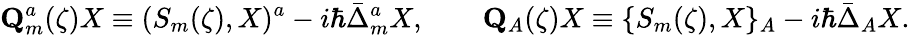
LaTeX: \mathbf{Q}_{m}^{a}(\zeta)X\equiv(S_{m}(\zeta),X)^{a}-i\hbar\bar{\Delta}_{m}^{a}X,\qquad\mathbf{Q}_{A}(\zeta)X\equiv\{ S_{m}(\zeta),X\} _{A}-i\hbar\bar{\Delta}_{A}X.